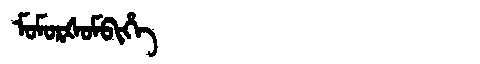
Manchu: ᠮᠣᠮᠣᡵᡧᠣᠮᠪᡳᡥᡝ
Romanization: MOMORŠOMBIHE